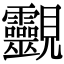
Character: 䚖